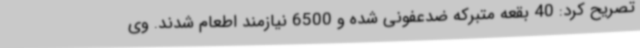
تصریح کرد: 40 بقعه متبرکه ضدعفونی شده و 6500 نیازمند اطعام شدند. وی